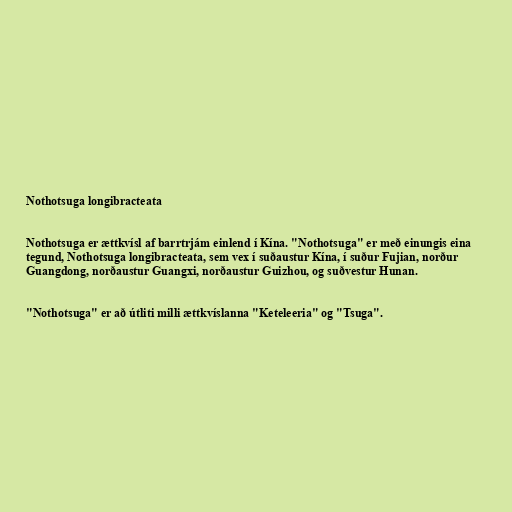
Nothotsuga longibracteata

Nothotsuga er ættkvísl af barrtrjám einlend í Kína. "Nothotsuga" er með einungis eina
tegund, Nothotsuga longibracteata, sem vex í suðaustur Kína, í suður Fujian, norður
Guangdong, norðaustur Guangxi, norðaustur Guizhou, og suðvestur Hunan.

"Nothotsuga" er að útliti milli ættkvíslanna "Keteleeria" og "Tsuga".